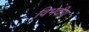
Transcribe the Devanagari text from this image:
विभेदीय